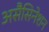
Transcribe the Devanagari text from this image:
असैसिनेशन